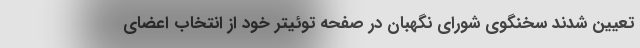
تعیین شدند سخنگوی شورای نگهبان در صفحه توئیتر خود از انتخاب اعضای